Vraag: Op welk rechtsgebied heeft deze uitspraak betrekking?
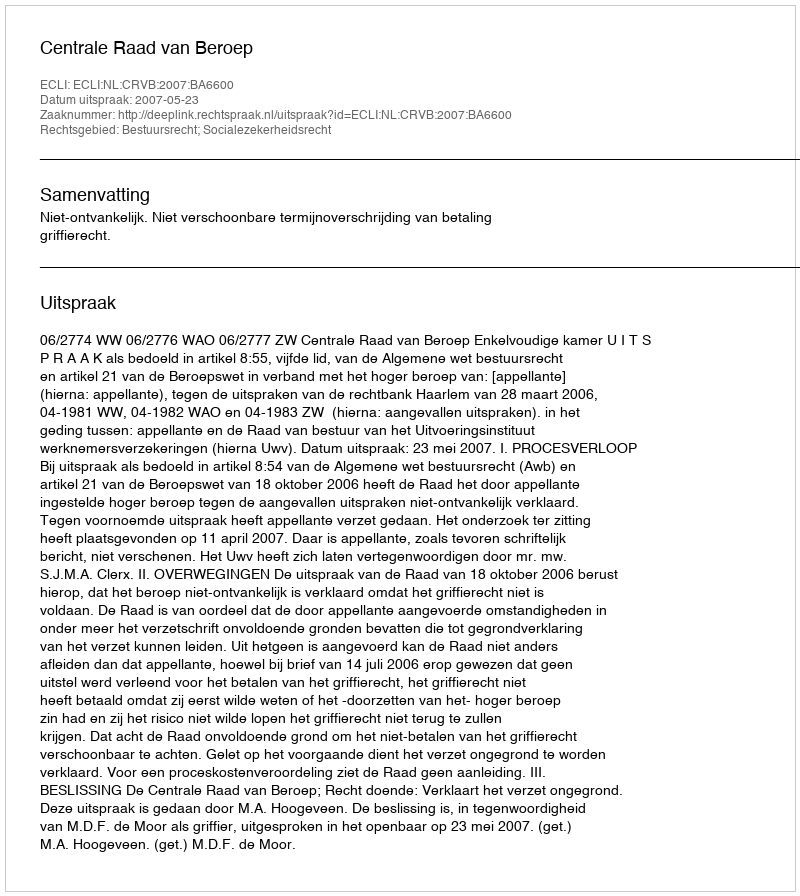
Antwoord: Bestuursrecht; Socialezekerheidsrecht